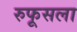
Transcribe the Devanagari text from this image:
रुफूसला